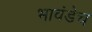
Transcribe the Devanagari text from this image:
भावंडेच